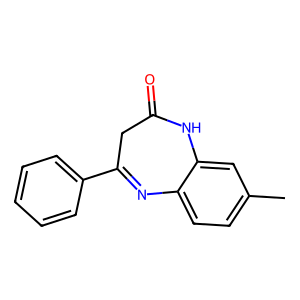
SMILES: Cc1ccc2c(c1)NC(=O)CC(c1ccccc1)=N2
Inhibits HIV replication: No